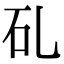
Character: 𥐕